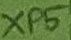
Text: XP5